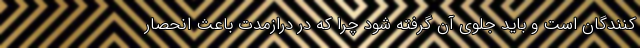
کنندگان است و باید جلوی آن گرفته شود چرا که در درازمدت باعث انحصار